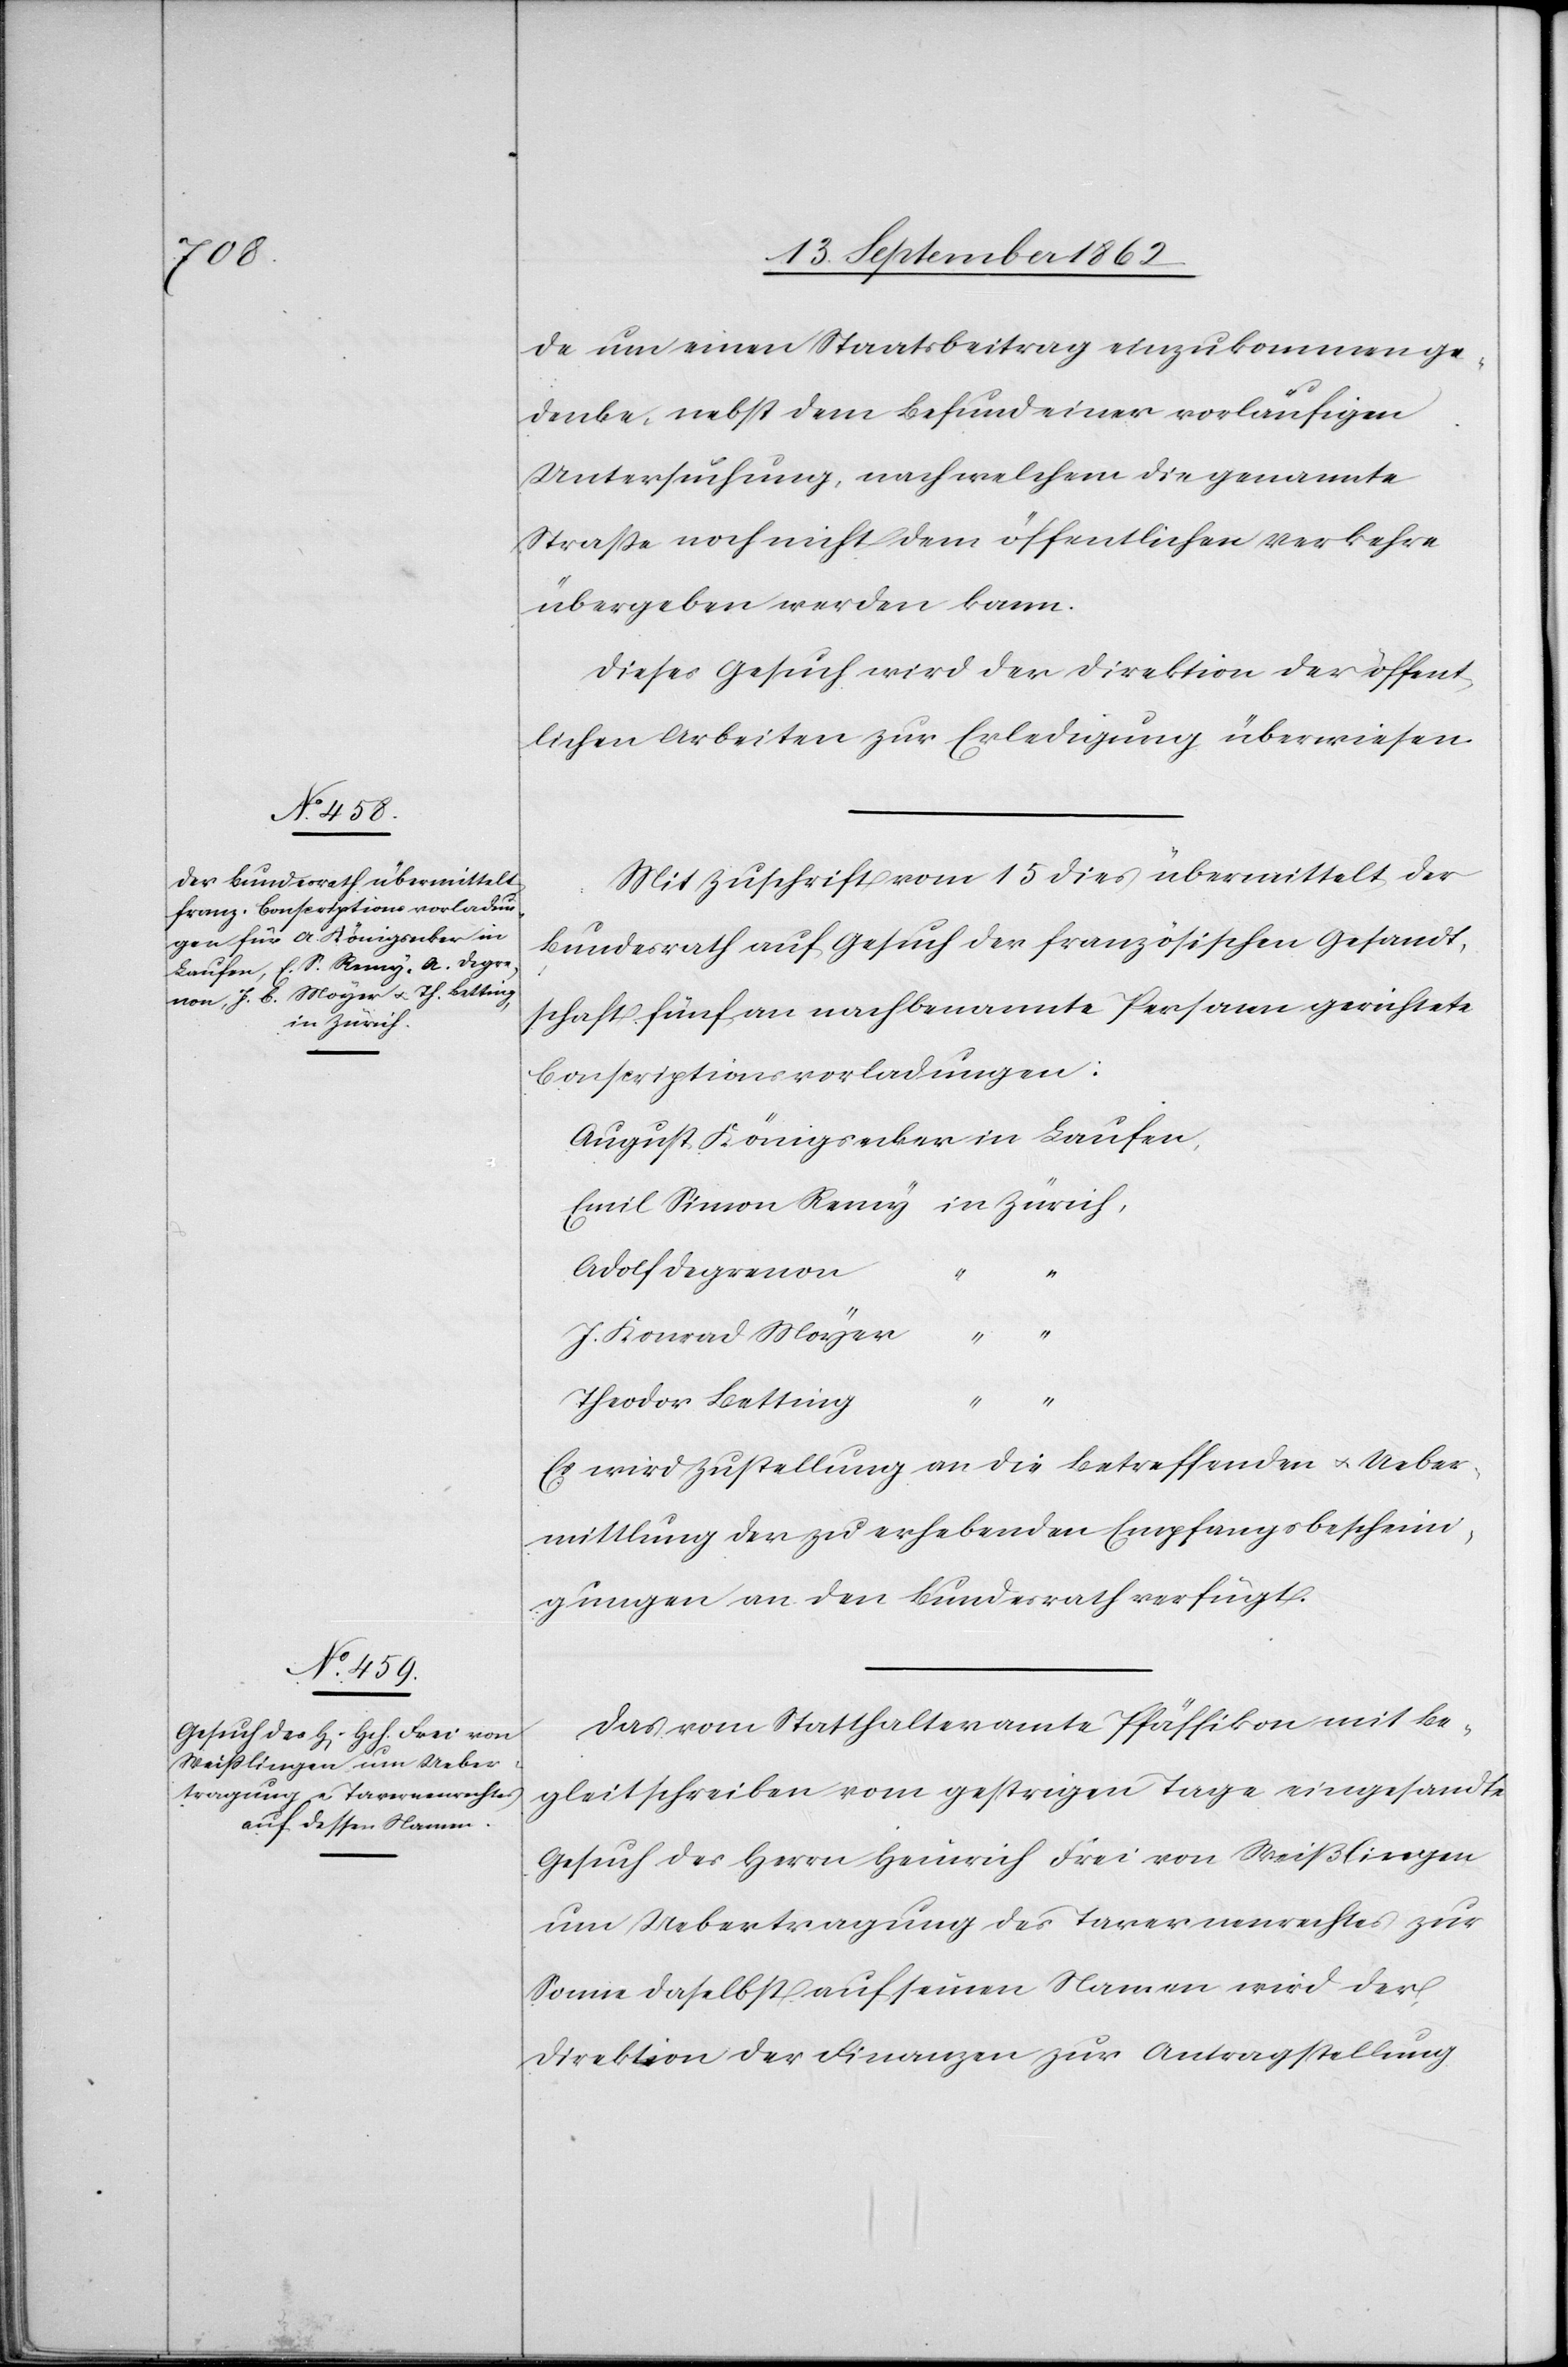
18. September 1862.]
de um einen Staatsbeitrag einzukommen ge¬
denke, nebst dem Befund einer vorläufigen
Untersuchung, nach welchem die genannte
Straße noch nicht dem öffentlichen Verkehre
übergeben werden kann.
Dieses Gesuch wird der Direktion der öffent¬
lichen Arbeiten zur Erledigung überwiesen.
Mit Zuschrift vom 15. dies übermittelt der
Bundesrath auf Gesuch der französischen Gesandt¬
schaft fünf an nachbenannte Personen gerichtete
Conscriptionsvorladungen:
August Königsecker in Laufen
Adolf Degrenon
“
J. Konrad Moyer
Theodor Betting
“
Es wird Zustellung an die Betreffenden u. Ueber¬
mittlung der zu erhebenden Empfangsbescheini¬
gungen an den Bundesrath verfügt.
Das vom Statthalteramte Pfäffikon mit Be¬
gleitschreiben vom gestrigen Tage eingesandte
Gesuch des Herrn Heinrich Frei von Weißlingen
um Uebertragung des Tavernenrechtes zur
Sonne daselbst auf seinen Namen wird der
Direktion der Finanzen zur Antragstellung